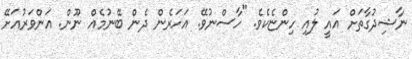
ނާޝިދުގާތަށް އައީ ލުއި ހިންޏެކެވެ. "ހާސްނުވޭ. އަހަރެން ދެން ބޭނުމެއް ނޫން. އަންވަރުއަށޭ